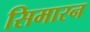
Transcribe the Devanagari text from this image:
सिमारन